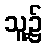
သူ့၌